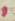
و